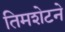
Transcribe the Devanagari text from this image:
तिमशेटने